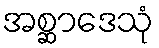
အစ္ဆာဒေသုံ